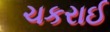
ચકરાઈ